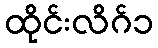
ထိုင်းလိဂ်၁